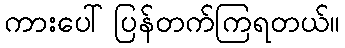
ကားပေါ်ပြန်တက်ကြရတယ်။